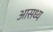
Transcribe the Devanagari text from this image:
आसध्य